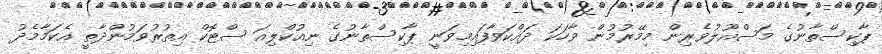
ޕާކިސްތާނުގެ މަސްއޫލުވެރިން މިމޭރުމުން ވާހަކަ ދައްކަވާފައިމިވަނީ ޕާކިސްތާނުގެ ނިއުކްލިއަ ސްޓޮކް އިތުރުވަމުންދާތީ އެކަމާމެދު